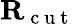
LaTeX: \mathbf{R}_{\mathrm{~c~u~t~}}